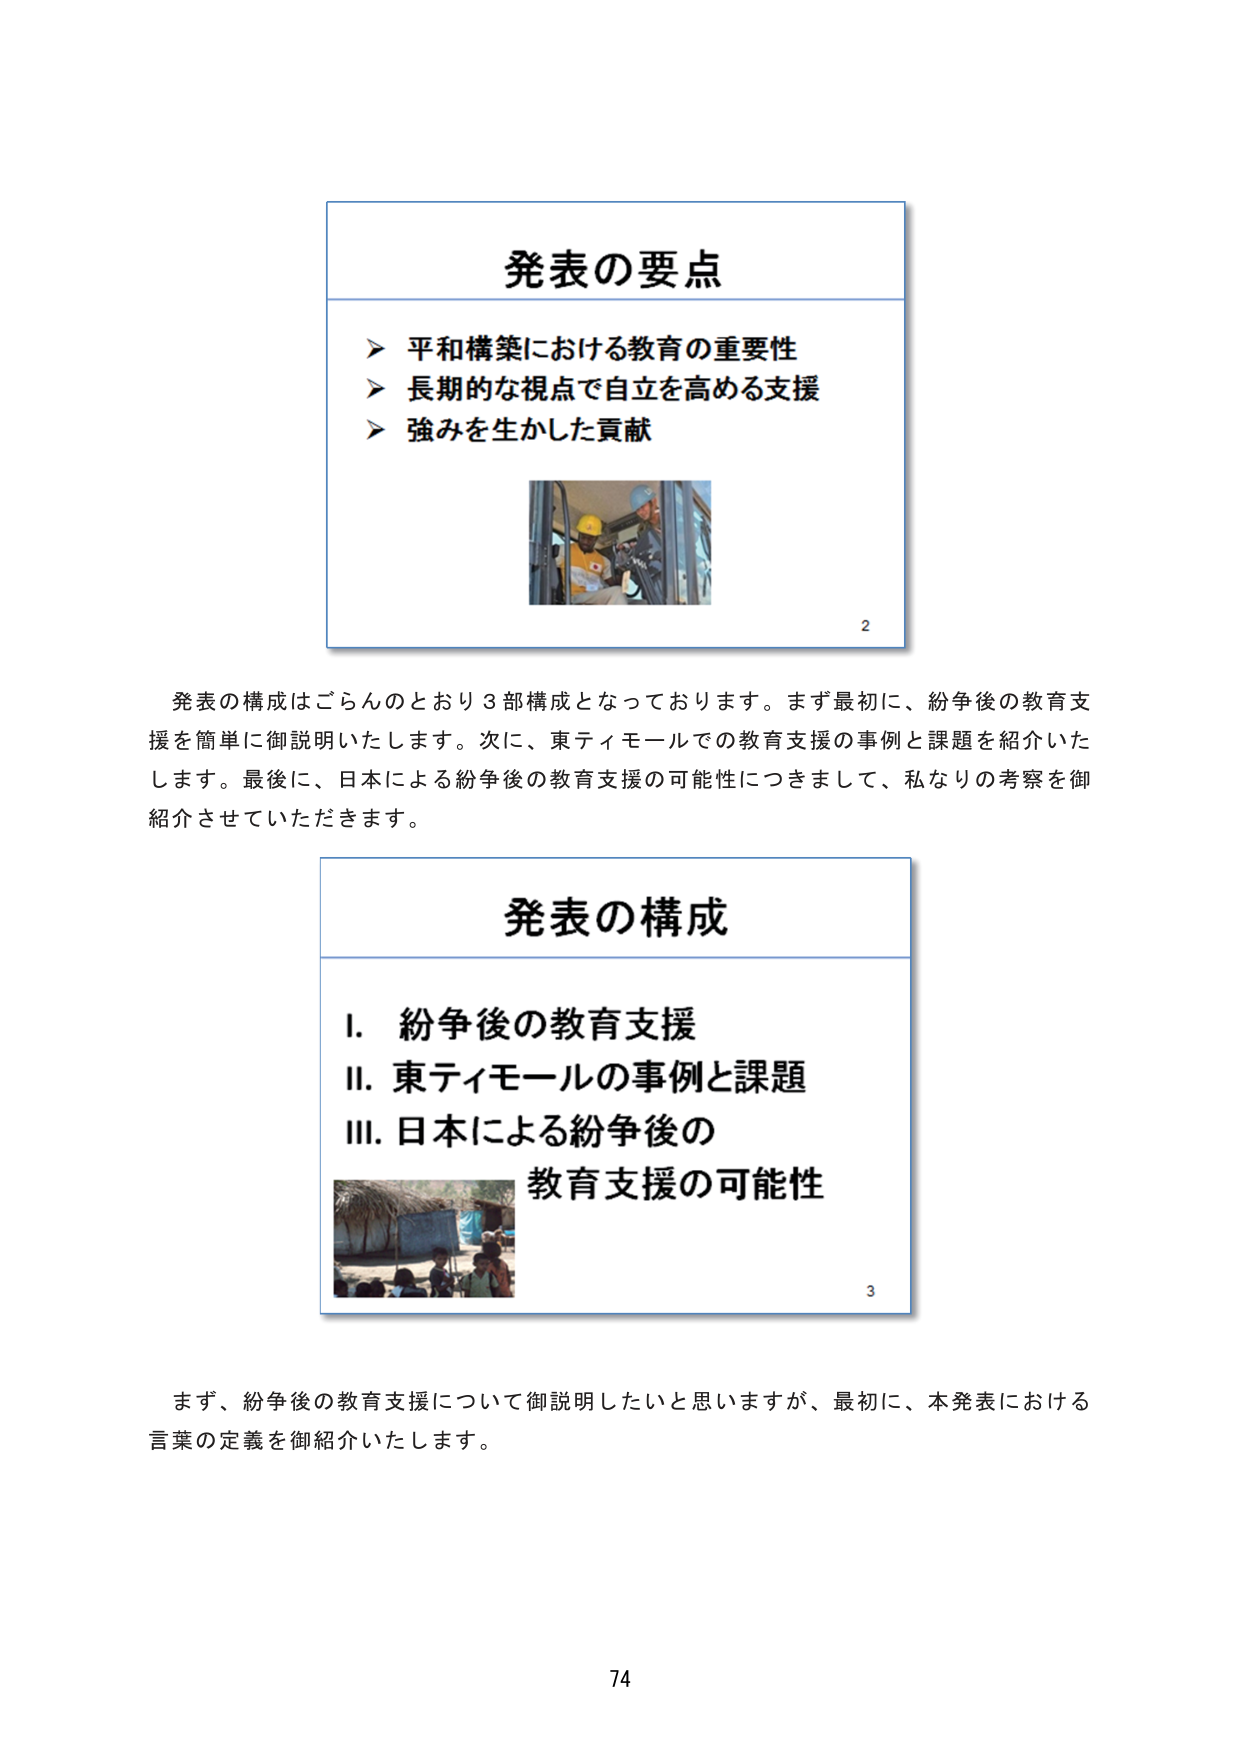
発表の要点
➤ 平和構築における教育の重要性
➤ 長期的な視点で自立を高める支援
➤ 強みを生かした貢献
2

発表の構成はごらんのとおり3部構成となっております。まず最初に、紛争後の教育支援を簡単に御説明いたします。次に、東ティモールでの教育支援の事例と課題を紹介いたします。最後に、日本による紛争後の教育支援の可能性につきまして、私なりの考察を御紹介させていただきます。

発表の構成
I. 紛争後の教育支援
II. 東ティモールの事例と課題
III. 日本による紛争後の
教育支援の可能性
3

まず、紛争後の教育支援について御説明したいと思いますが、最初に、本発表における言葉の定義を御紹介いたします。

74